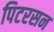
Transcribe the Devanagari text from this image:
पिटरसन